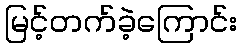
မြင့်တက်ခဲ့ကြောင်း